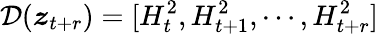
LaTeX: \mathcal D(\boldsymbol z_{t+r})=[H_{t}^{2},H_{t+1}^{2},\cdots,H_{t+r}^{2}]